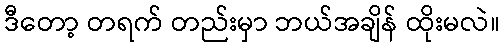
ဒီတော့ တရက် တည်းမှာ ဘယ်အချိန် ထိုးမလဲ။